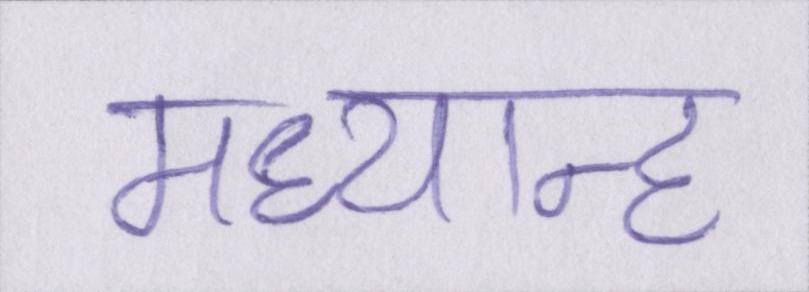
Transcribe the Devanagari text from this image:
मध्यान्ह